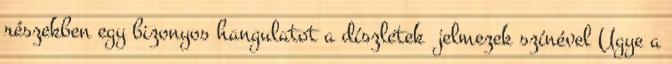
részekben egy bizonyos hangulatot a díszletek jelmezek színével Ugye a